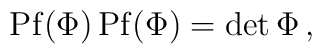
{\rm Pf} (\Phi) \, {\rm Pf} (\Phi)= \det \Phi \, ,